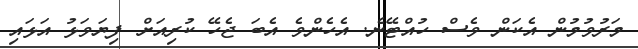
މަރުވުމުން އެކަން ވެސް ހުއްޓޭނެ. އެހެންވެ އެބަ ޖެހޭ ކުރިއަށް ފިޔަވަޅު އަޅައި